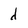
Character: d